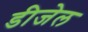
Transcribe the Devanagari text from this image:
डीजेल